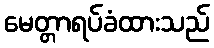
မေတ္တာရပ်ခံထားသည်